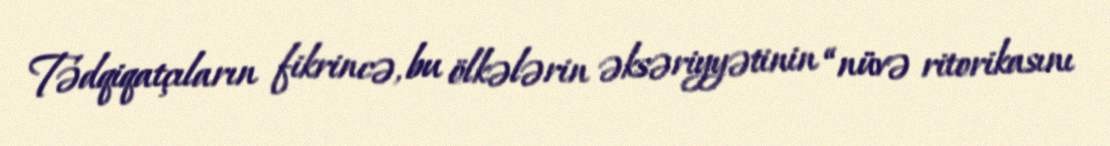
Tədqiqatçıların fikrincə, bu ölkələrin əksəriyyətinin “nüvə ritorikasını